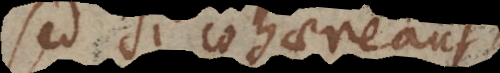
sed si cohaereant